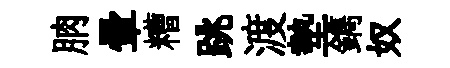
朒暈糟跳渡墊鐫奴